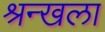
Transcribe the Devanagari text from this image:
श्रन्खला